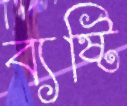
ব্যষ্টি